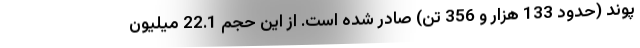
پوند (حدود 133 هزار و 356 تن) صادر شده است. از این حجم 22.1 میلیون